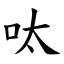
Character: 呔